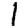
Digit: 1